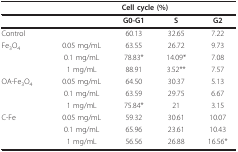
<table><thead><tr><td></td><td colspan="4"><b>Cell cycle (%)</b></td></tr></thead><tbody><tr><td></td><td></td><td><b>G0-G1</b></td><td><b>S</b></td><td><b>G2</b></td></tr><tr><td>Control</td><td></td><td>60.13</td><td>32.65</td><td>7.22</td></tr><tr><td>Fe<sub>3</sub>O<sub>4</sub></td><td>0.05 mg/mL</td><td>63.55</td><td>26.72</td><td>9.73</td></tr><tr><td></td><td>0.1 mg/mL</td><td>78.83*</td><td>14.09*</td><td>7.08</td></tr><tr><td></td><td>1 mg/mL</td><td>88.91</td><td>3.52**</td><td>7.57</td></tr><tr><td>OA-Fe<sub>3</sub>O<sub>4</sub></td><td>0.05 mg/mL</td><td>64.50</td><td>30.37</td><td>5.13</td></tr><tr><td></td><td>0.1 mg/mL</td><td>63.59</td><td>29.75</td><td>6.67</td></tr><tr><td></td><td>1 mg/mL</td><td>75.84*</td><td>21</td><td>3.15</td></tr><tr><td>C-Fe</td><td>0.05 mg/mL</td><td>59.32</td><td>30.61</td><td>10.07</td></tr><tr><td></td><td>0.1 mg/mL</td><td>65.96</td><td>23.61</td><td>10.43</td></tr><tr><td></td><td>1 mg/mL</td><td>56.56</td><td>26.88</td><td>16.56*</td></tr></tbody></table>